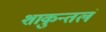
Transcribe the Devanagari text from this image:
शाकुन्तलं